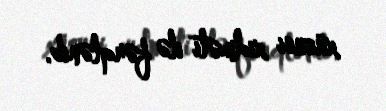
xüsusi xidməti ilə fərqlənib.